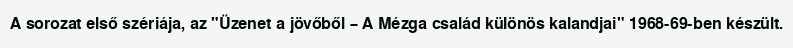
A sorozat első szériája, az "Üzenet a jövőből – A Mézga család különös kalandjai" 1968-69-ben készült.